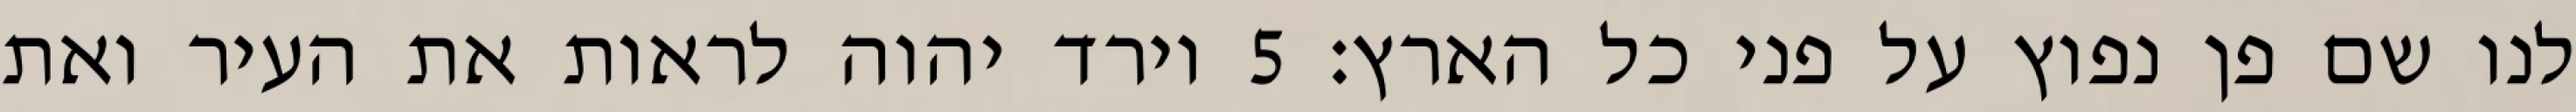
לנו שם פן נפוץ על פני כל הארץ׃ ‎5‏ וירד יהוה לראות את העיר ואת